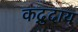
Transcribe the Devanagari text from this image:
कद्रुदाय